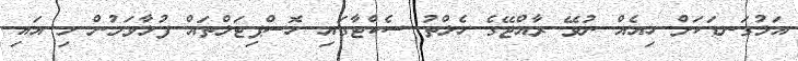
އަޅުގަނޑަކަށް ހިއެއް ނުވޭ ރާއްޖޭގެ ހެލްތު ސެކްޓާގައި ހޮސްޕިޓަލްތައް ފުޅާވަމުން މި އައި